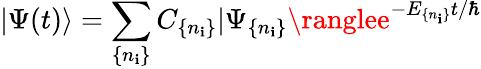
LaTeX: |\Psi(t)\rangle=\sum_{\{ n_{\mathbf{i}}\} }C_{\{ n_{\mathbf{i}}\} }|\Psi_{\{ n_{\mathbf{i}}\} }\ranglee^{-E_{\{ n_{\mathbf{i}}\} }t/\hbar}